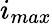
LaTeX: i_{max}